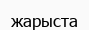
жарыста